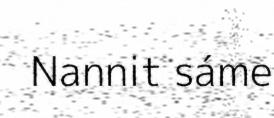
Nannit sáme